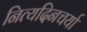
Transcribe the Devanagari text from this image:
नित्यदिनचर्या